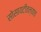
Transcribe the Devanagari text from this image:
सोसायटीतल्याच